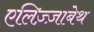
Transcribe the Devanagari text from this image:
एलिज़्ज़ाबेथ